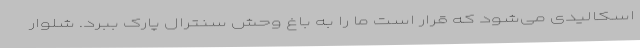
اسکالیدی می‌شود که قرار است ما را به باغ وحش سنترال پارک ببرد. شلوار